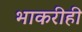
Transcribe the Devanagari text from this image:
भाकरीही